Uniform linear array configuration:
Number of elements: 48
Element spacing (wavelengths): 1
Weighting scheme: cosine
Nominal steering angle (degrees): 30
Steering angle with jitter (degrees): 30.537
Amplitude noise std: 0.05
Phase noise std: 0.05

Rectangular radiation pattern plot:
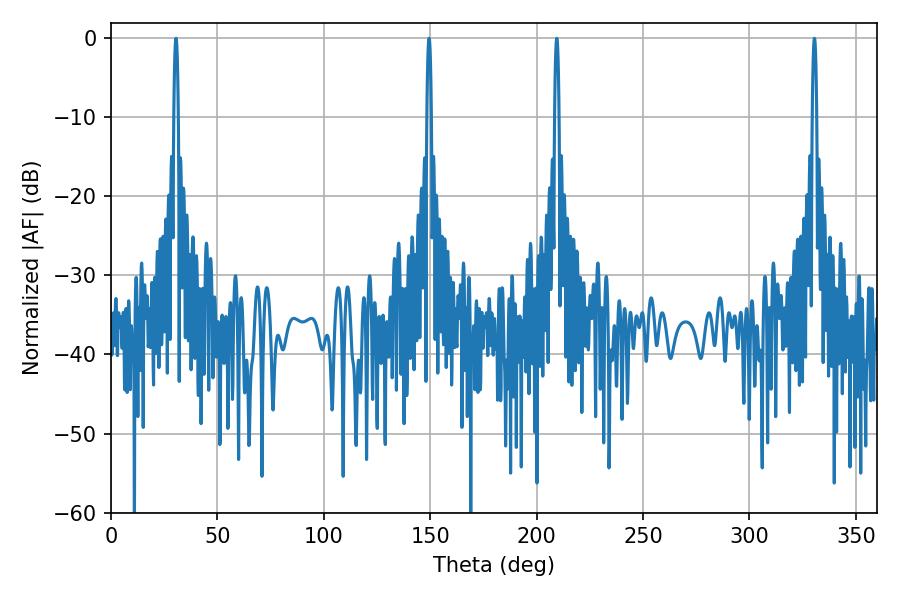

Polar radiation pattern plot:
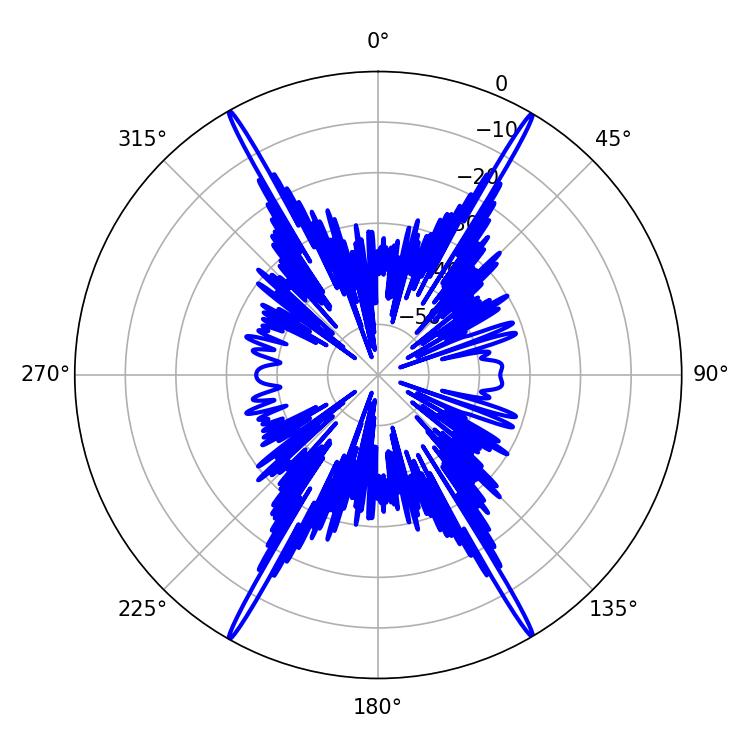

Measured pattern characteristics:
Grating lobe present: TRUE
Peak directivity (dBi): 32.631
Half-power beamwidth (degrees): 1.08
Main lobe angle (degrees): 149.4